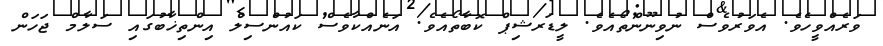
ވަރެއްވީހެވެ. އެވަރުވެސް ނުވިނޫންތޯއެވެ. ލީޑަރޝިޕް ކޮބާތޯއެވެ. އަނެއްކާވެސް ކައުންސިލް އިންތިޚާބުގައި ސަލާމް ޖަހަން